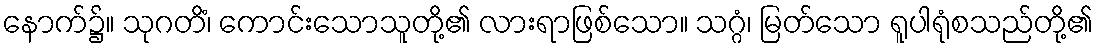
နောက်၌။ သုဂတိံ၊ ကောင်းသောသူတို့၏ လားရာဖြစ်သော။ သဂ္ဂံ၊ မြတ်သော ရူပါရုံစသည်တို့၏